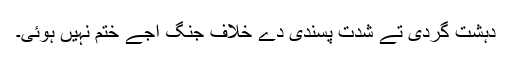
دہشت گردی تے شدت پسندی دے خلاف جنگ اجے ختم نہیں ہوئی۔